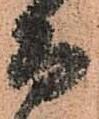
而